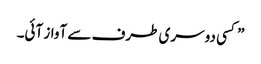
” کسی دوسری طرف سے آواز آئی۔